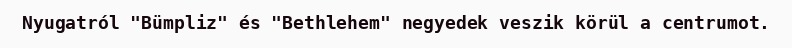
Nyugatról "Bümpliz" és "Bethlehem" negyedek veszik körül a centrumot.